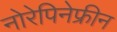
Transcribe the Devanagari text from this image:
नोरेपिनेफ्रीन